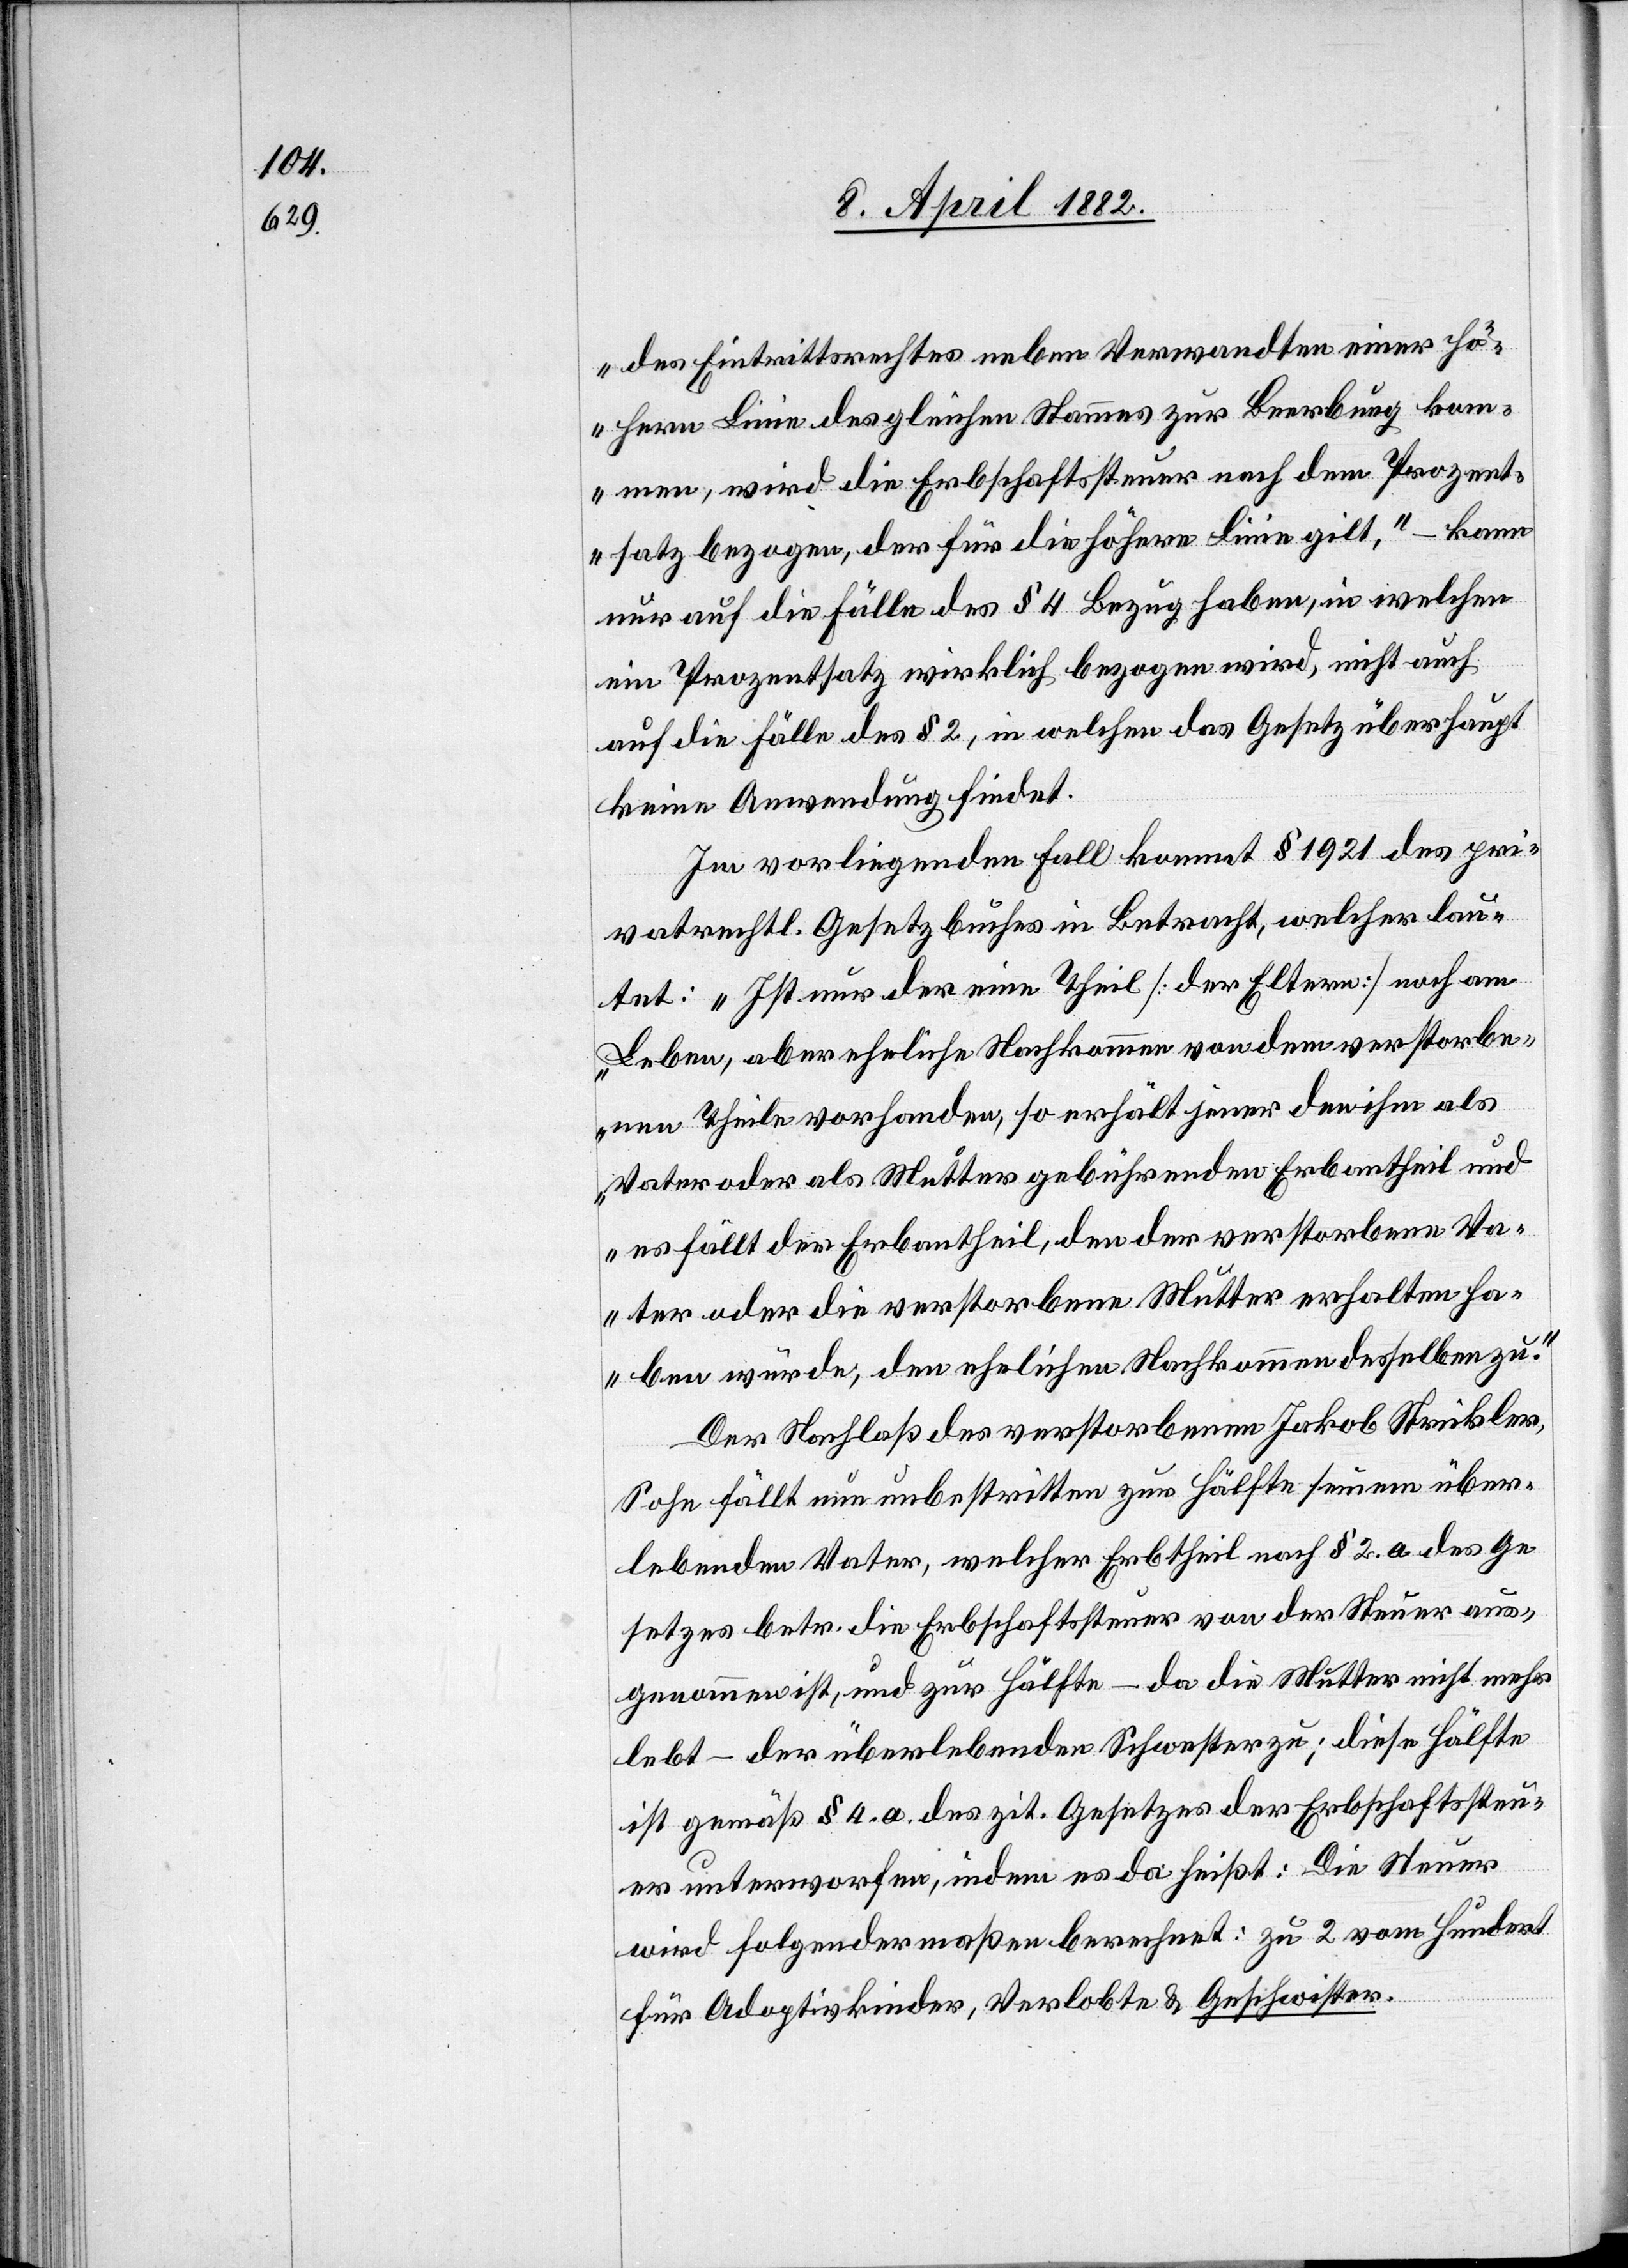
des Eintrittsrechtes neben Verwandten einer hö¬
hern Linie des gleichen Stammes zur Beerbung kom¬
men, wird die Erbschaftssteuer nach dem Prozent¬
satz bezogen, der für die höhere Linie gilt,“ – kann
nur auf die Fälle des § 4 Bezug haben, in welchen
ein Prozentsatz wirklich bezogen wird, nicht auch
auf die Fälle des § 2, in welchen das Gesetz überhaupt
keine Anwendung findet.
Im vorliegenden Fall kommt § 1921 des pri¬
vatrechtl. Gesetzbuches in Betracht, welcher lau¬
tet: „Ist nur der eine Theil [der Eltern] noch am
Leben, aber eheliche Nachkommen von dem verstorbe¬
nen Theile vorhanden, so erhält jener den ihm als
Vater oder als Mutter gebührenden Erbantheil und
es fällt der Erbantheil, den der verstorbene Va¬
ter oder die verstorbene Mutter erhalten ha¬
ben würde, den ehelichen Nachkommen desselben zu.“
Der Nachlaß des verstorbenen Jakob Strickler,
Sohn fällt nun unbestritten zur Hälfte seinem über¬
lebenden Vater, welcher Erbtheil nach § 2. a. des Ge¬
setzes betr. die Erbschaftssteuer von der Steuer aus¬
genommen ist, und zur Hälfte – da die Mutter nicht mehr
lebt – der überlebenden Schwester zu; diese Hälfte
ist gemäß § 4. a. des zit. Gesetzes der Erbschaftssteu¬
er unterworfen, indem es da heißt: Die Steuer
wird folgendermaßen berechnet: zu 2 vom Hundert
für Adoptivkinder, Verlobte & Geschwister.